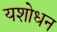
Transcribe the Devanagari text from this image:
यशोधन